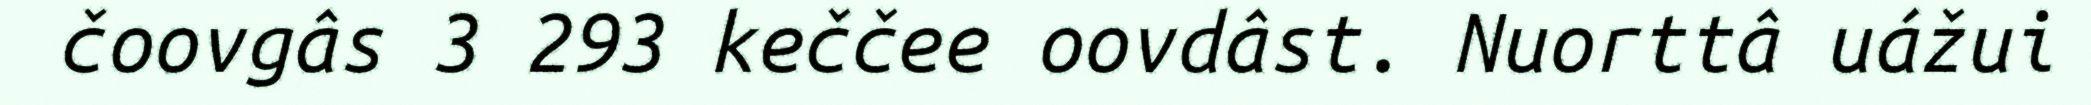
čoovgâs 3 293 keččee oovdâst. Nuorttâ uážui